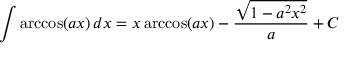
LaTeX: \int \operatorname { a r c c o s } ( a x ) \, d x = x \operatorname { a r c c o s } ( a x ) - { \frac { \sqrt { 1 - a ^ { 2 } x ^ { 2 } } } { a } } + C